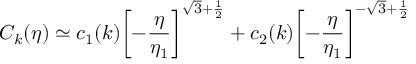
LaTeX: { \cal C } _ { k } ( \eta ) \simeq c _ { 1 } ( k ) \biggl [ - \frac { \eta } { \eta _ { 1 } } \biggr ] ^ { \sqrt { 3 } + \frac { 1 } { 2 } } + c _ { 2 } ( k ) \biggl [ - \frac { \eta } { \eta _ { 1 } } \biggr ] ^ { - \sqrt { 3 } + \frac { 1 } { 2 } }